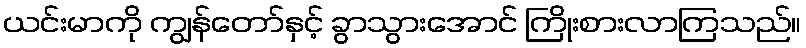
ယင်းမာကို ကျွန်တော်နှင့် ခွာသွားအောင် ကြိုးစားလာကြသည်။